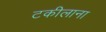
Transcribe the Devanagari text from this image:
टकीलाना